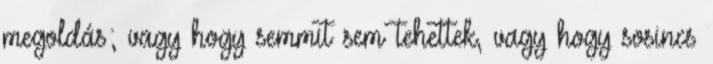
megoldás; vagy hogy semmit sem tehettek, vagy hogy sosincs